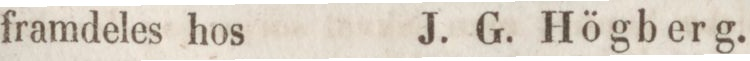
framdeles hos    J. G. Högberg.